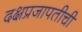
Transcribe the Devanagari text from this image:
दक्षप्रजापतीची